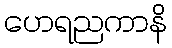
ဟေရညကာနိ